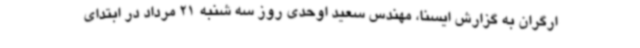
ارگران به گزارش ایسنا، مهندس سعید اوحدی روز سه شنبه 21 مرداد در ابتدای